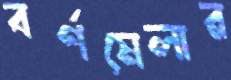
বর্ণমেলার